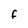
Character: F